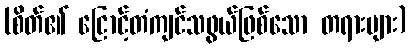
(စိတ်၏ ငြောင့်တံကျင်သဖွယ်ဖြစ်သော တရားများ)